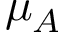
\mu _ { A }